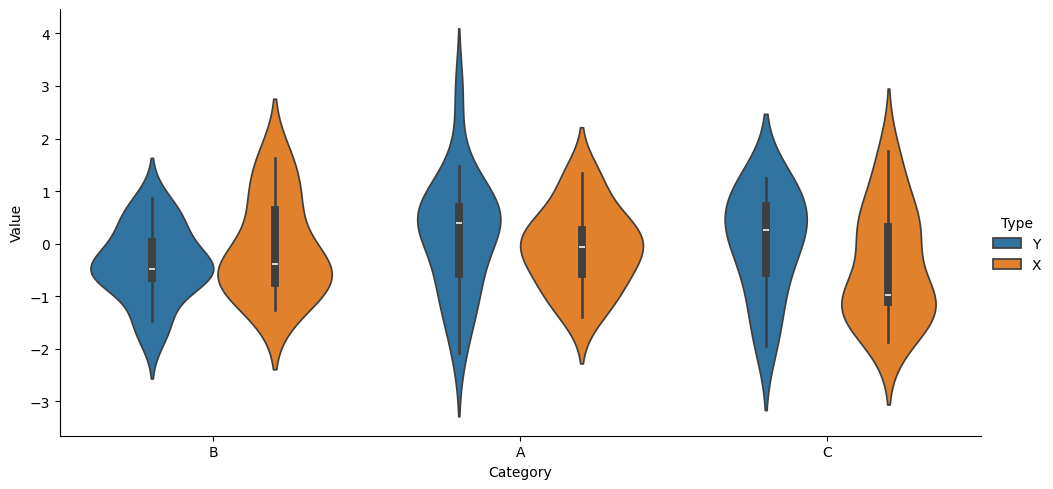
python, seaborn, catplot, kind='violin', height=5, aspect=2